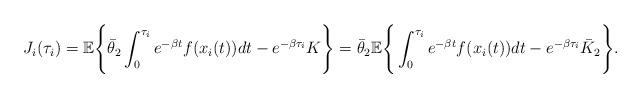
LaTeX: \begin{align*}J_i(\tau_i)=\mathbb{E}\Bigg\{\bar{\theta}_2\int_0^{\tau_i}e^{-\beta t}f(x_i(t))dt-e^{-\beta\tau_i}K\Bigg\}=\bar{\theta}_2\mathbb{E}\Bigg\{\int_0^{\tau_i}e^{-\beta t}f(x_i(t))dt-e^{-\beta\tau_i}\bar{K}_2\Bigg\}.\end{align*}